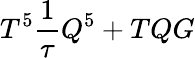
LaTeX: T^{5}\frac{1}{\tau}Q^{5}+TQG